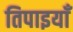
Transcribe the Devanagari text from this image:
तिपाइयाँ